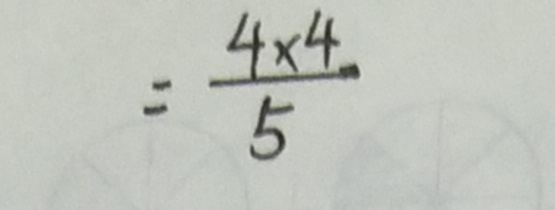
= \frac { 4 \times 4 } { 5 }